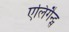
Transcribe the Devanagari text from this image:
एलिगैन्ट्स